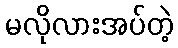
မလိုလားအပ်တဲ့